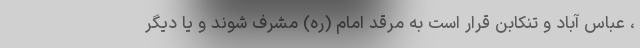
، عباس آباد و تنکابن قرار است به مرقد امام (ره) مشرف شوند و یا دیگر